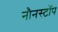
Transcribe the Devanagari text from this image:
नौनस्टॉप